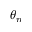
\theta _ { n }